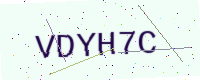
Text: VDYH7C